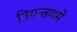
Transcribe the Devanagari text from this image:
नियन्त्रणमे